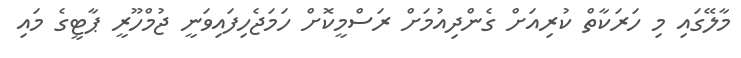
މާލޭގައި މި ހަރަކާތް ކުރިއަށް ގެންދިއުމަށް ރަސްމީކޮށް ހަމަޖެހިފައިވަނީ ޖުމްހޫރީ ޕާޓީގެ މައި